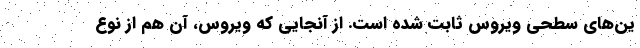
ین‌های سطحی ویروس ثابت شده است. از آنجایی که ویروس، آن هم از نوع